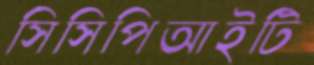
সিসিপিআইটি